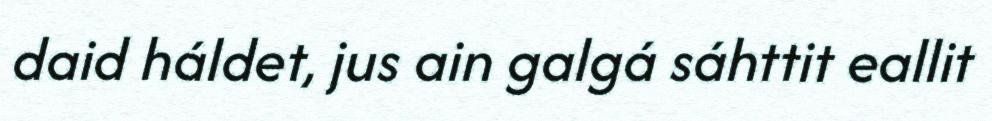
daid háldet, jus ain galgá sáhttit eallit